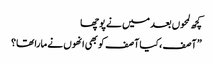
کچھ لمحوں بعد میں نے پوچھا
” آصف ،کیا آصف کو بھی انھوں نے مارا تھا؟